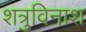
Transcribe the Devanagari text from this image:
शत्रुविनाश